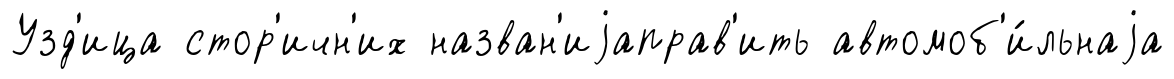
Узд'ица стор'ичн'их назван'иjаправ'ить автомоб'и́льнаjа